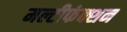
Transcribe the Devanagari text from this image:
मल्टीफंक्शन